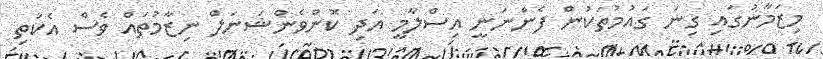
މިޒަމާނުގައި ގިނަ ގައުމުތަކުން ފެންނަނީ އިސްލާމީ އަދި ކޮންވެންޝަނަލް ނިޒާމުތައް ވެސް އެކަތި